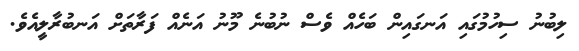
ލިބުނު ސިހުމުގައި އަނގައިން ބަހެއް ވެސް ނުބުނެ މޫނު އަނެއް ފަރާތަށް އަނބުރާލީއެވެ.